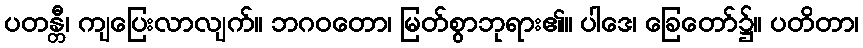
ပတန္တီ၊ ကျပြေးလာလျက်။ ဘဂဝတော၊ မြတ်စွာဘုရား၏။ ပါဒေ၊ ခြေတော်၌။ ပတိတာ၊